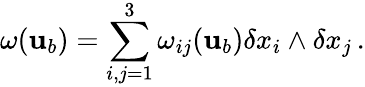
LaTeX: \omega({\mathbf{u}}_{b})=\sum_{i,j=1}^{3}\omega_{ij}({\mathbf{u}}_{b})\delta x_{i}\wedge\delta x_{j}\, .